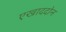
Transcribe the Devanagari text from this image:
एखाददोन